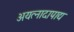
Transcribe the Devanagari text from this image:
अयत्नादापाद्य